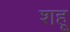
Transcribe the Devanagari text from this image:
शहू